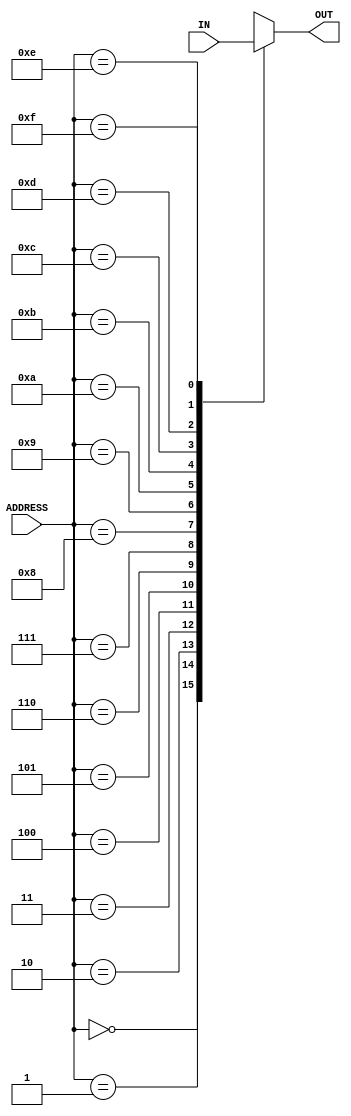
module Allocator_16_1_256bits(IN,ADDRESS,OUT);
	input [4095:0]IN;
	input [3:0]ADDRESS;
	output reg [255:0]OUT;

	always @(IN or ADDRESS)begin
		case(ADDRESS)
			4'd0:begin
				OUT=IN[4095:3840];
			end
			4'd1:begin
				OUT=IN[3839:3584];
			end
			4'd2:begin
				OUT=IN[3583:3328];
			end
			4'd3:begin
				OUT=IN[3327:3072];
			end
			4'd4:begin
				OUT=IN[3071:2816];
			end
			4'd5:begin
				OUT=IN[2815:2560];
			end
			4'd6:begin
				OUT=IN[2559:2304];
			end
			4'd7:begin
				OUT=IN[2303:2048];
			end
			4'd8:begin
				OUT=IN[2047:1792];
			end
			4'd9:begin
				OUT=IN[1791:1536];
			end
			4'd10:begin
				OUT=IN[1535:1280];
			end
			4'd11:begin
				OUT=IN[1279:1024];
			end
			4'd12:begin
				OUT=IN[1023:768];
			end
			4'd13:begin
				OUT=IN[767:512];
			end
			4'd14:begin
				OUT=IN[511:256];
			end
			4'd15:begin
				OUT=IN[255:0];
			end
		endcase
	end
endmodule